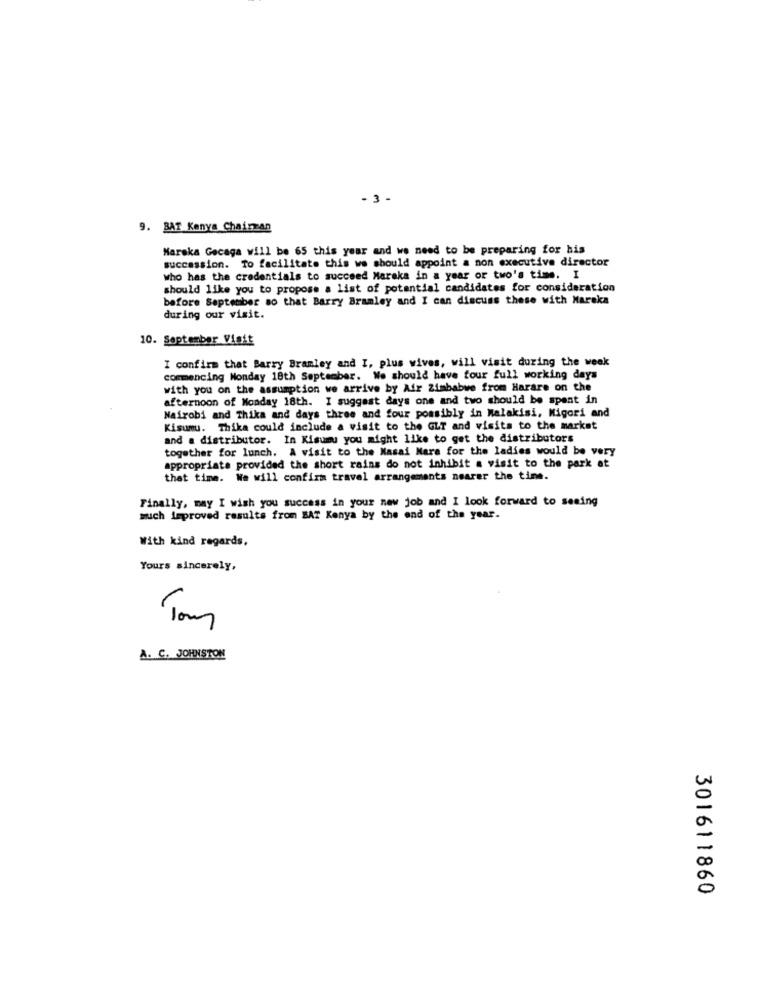
- 3-
9. BAT Kenya Chairman
Maroka Gecaga will be 65 this year and we need to be preparing for his
succession. To facilitate this we should appoint a non executive director
who has the credentials to succeed Maroka in a year or two's time. I
should like you to propose a list of potential candidates for consideration
before September so that Barry Bramley and I can discuss these with Mareka
during our visit.
10. September Visit
I confirm that Barry Bramley and I, plus wives, will visit during the week
commencing Monday 18th September. We should have four full working days
with you on the assumption we arrive by Air Zimbabwe from Harare on the
afternoon of Monday 18th. I suggest days one and two should be spent in
Nairobi and Thika and days three and four possibly in Malakisi, Migori and
Kisumu. Thika could include a visit to the GLT and visits to the market
and a distributor. In Kisumu you might like to get the distributors
together for lunch. A visit to the Masai Mara for the ladies would be very
appropriate provided the short rains do not inhibit a visit to the park at
that time. We will confirm travel arrangements nearer the time.
Finally, may I wish you success in your new job and I look forward to seeing
much improved results from BAT Kenya by the end of the year.
With kind regards,
Yours sincerely,
A. C. JOHNSTON
301611860